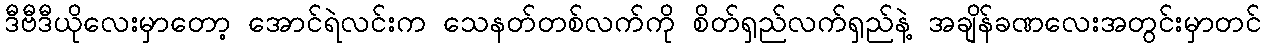
ဒီဗီဒီယိုလေးမှာတော့ အောင်ရဲလင်းက သေနတ်တစ်လက်ကို စိတ်ရှည်လက်ရှည်နဲ့ အချိန်ခဏလေးအတွင်းမှာတင်